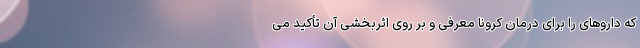
که داروهای را برای درمان کرونا معرفی و بر روی اثربخشی آن تأکید می